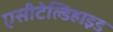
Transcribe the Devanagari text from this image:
एसीटेल्डिहाइड